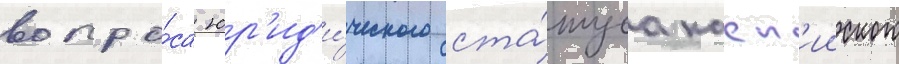
вопро́са юр'ид'и́ческого ста́туса касп'ииского